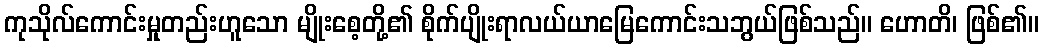
ကုသိုလ်ကောင်းမှုတည်းဟူသော မျိုးစေ့တို့၏ စိုက်ပျိုးရာလယ်ယာမြေကောင်းသဘွယ်ဖြစ်သည်။ ဟောတိ၊ ဖြစ်၏။